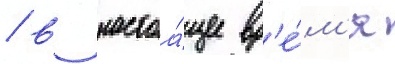
/ в настоа́щее вр'е́м'я